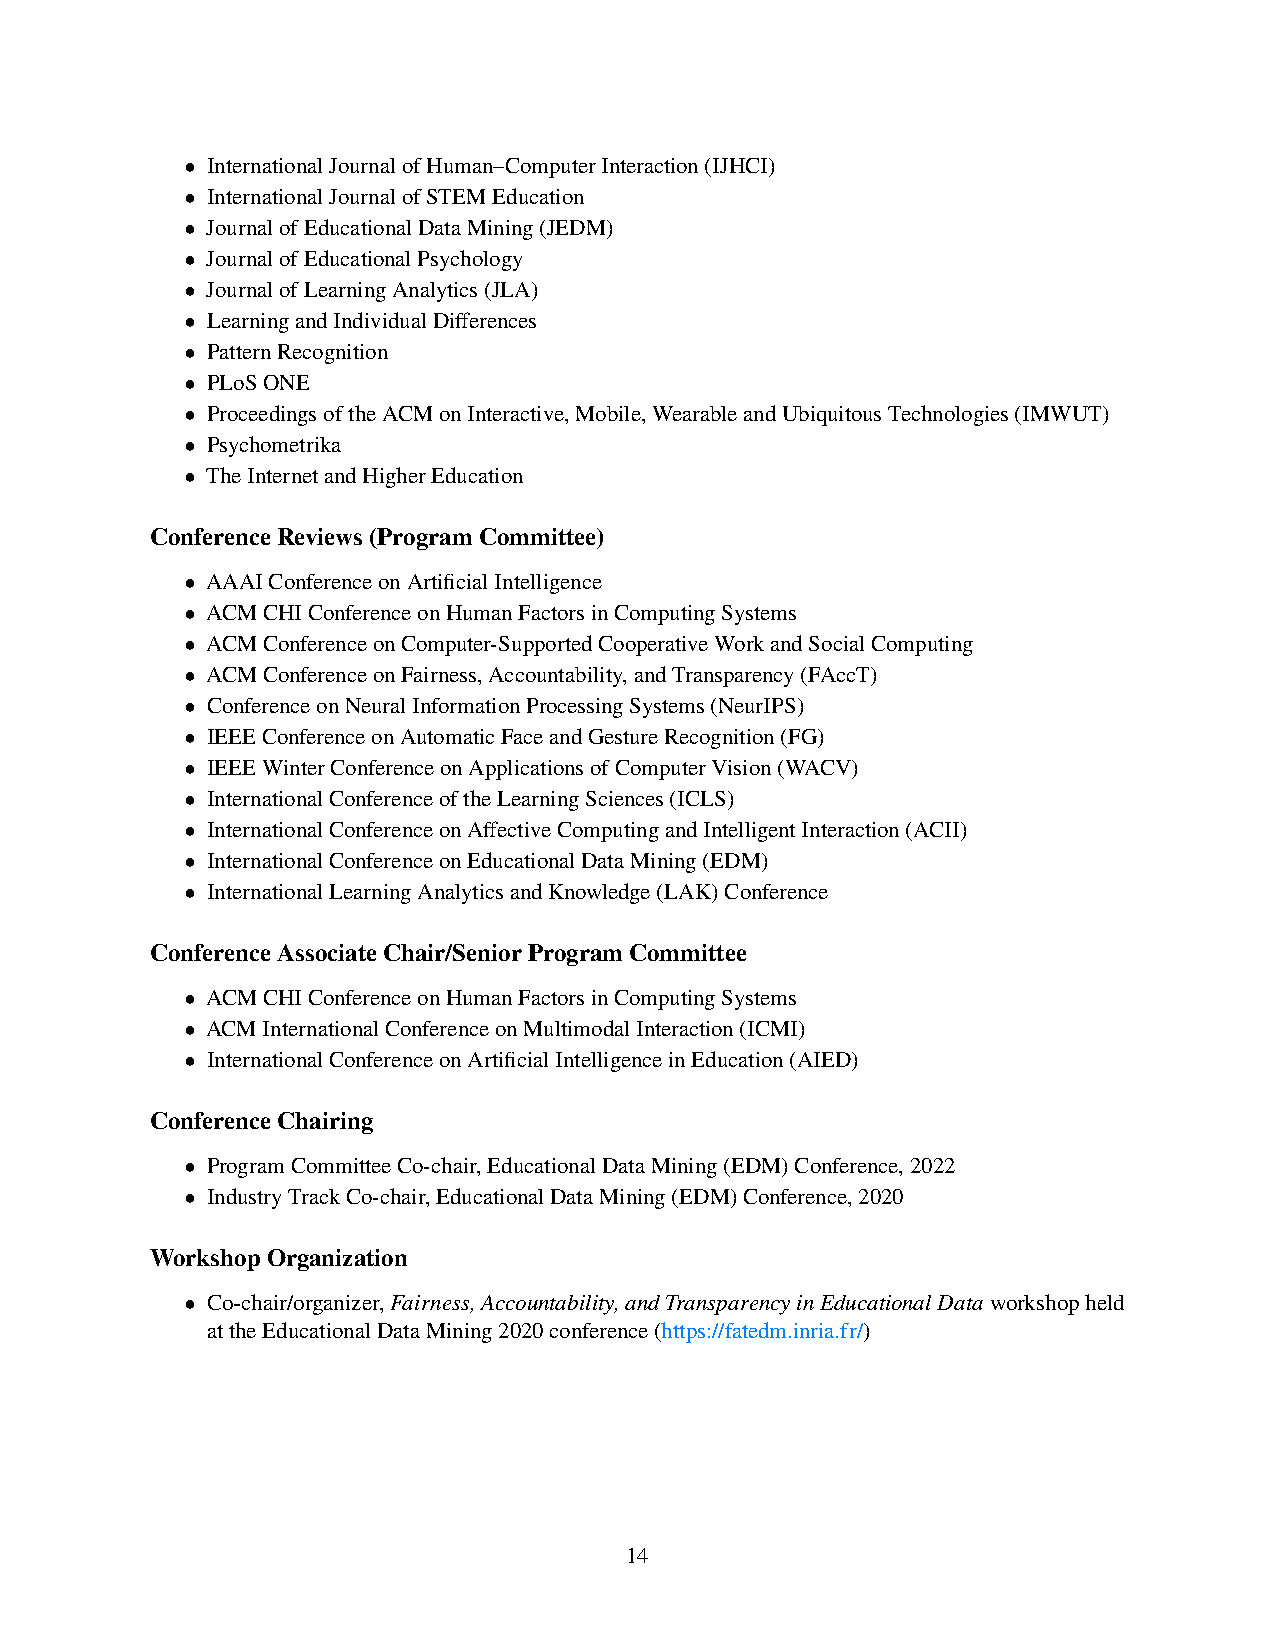
• InternationalJournalofHuman–ComputerInteraction(IJHCI)
 • InternationalJournalofSTEMEducation
 • JournalofEducationalDataMining(JEDM)
 • JournalofEducationalPsychology
 • JournalofLearningAnalytics(JLA)
 • LearningandIndividualDifferences
 • PatternRecognition
 • PLoSONE
 • ProceedingsoftheACMonInteractive,Mobile,WearableandUbiquitousTechnologies(IMWUT)
 • Psychometrika
 • TheInternetandHigherEducation
 ConferenceReviews(ProgramCommittee)
 • AAAIConferenceonArtificialIntelligence
 • ACMCHIConferenceonHumanFactorsinComputingSystems
 • ACMConferenceonComputer-SupportedCooperativeWorkandSocialComputing
 • ACMConferenceonFairness,Accountability,andTransparency(FAccT)
 • ConferenceonNeuralInformationProcessingSystems(NeurIPS)
 • IEEEConferenceonAutomaticFaceandGestureRecognition(FG)
 • IEEEWinterConferenceonApplicationsofComputerVision(WACV)
 • InternationalConferenceoftheLearningSciences(ICLS)
 • InternationalConferenceonAffectiveComputingandIntelligentInteraction(ACII)
 • InternationalConferenceonEducationalDataMining(EDM)
 • InternationalLearningAnalyticsandKnowledge(LAK)Conference
 ConferenceAssociateChair/SeniorProgramCommittee
 • ACMCHIConferenceonHumanFactorsinComputingSystems
 • ACMInternationalConferenceonMultimodalInteraction(ICMI)
 • InternationalConferenceonArtificialIntelligenceinEducation(AIED)
 ConferenceChairing
 • ProgramCommitteeCo-chair,EducationalDataMining(EDM)Conference,2022
 • IndustryTrackCo-chair,EducationalDataMining(EDM)Conference,2020
 WorkshopOrganization
 • Co-chair/organizer,Fairness,Accountability,andTransparencyinEducationalDataworkshopheld
 attheEducationalDataMining2020conference(https://fatedm.inria.fr/)
 14